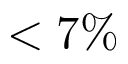
< 7 \%